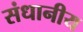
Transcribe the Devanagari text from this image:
संधानीय